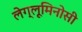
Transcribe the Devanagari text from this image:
लेग्लूमिनोसी